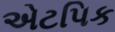
એટપિક